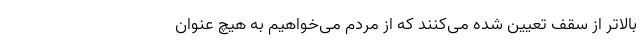
بالاتر از سقف تعیین شده می‌کنند که از مردم می‌خواهیم به هیچ عنوان